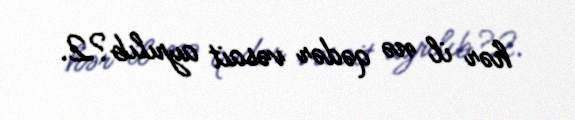
hər il nə qədər vəsait ayrılıb?2.